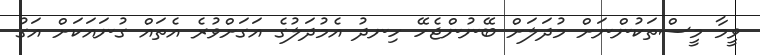
ވީމާ މީސްތަކުންނަށް މުދަލަށް ބޭނުންޖެހޭ ހިނދު އެމުދަލުގެ އަގަށްވުރެ އެތައް ގުނައަކަށް އަގު